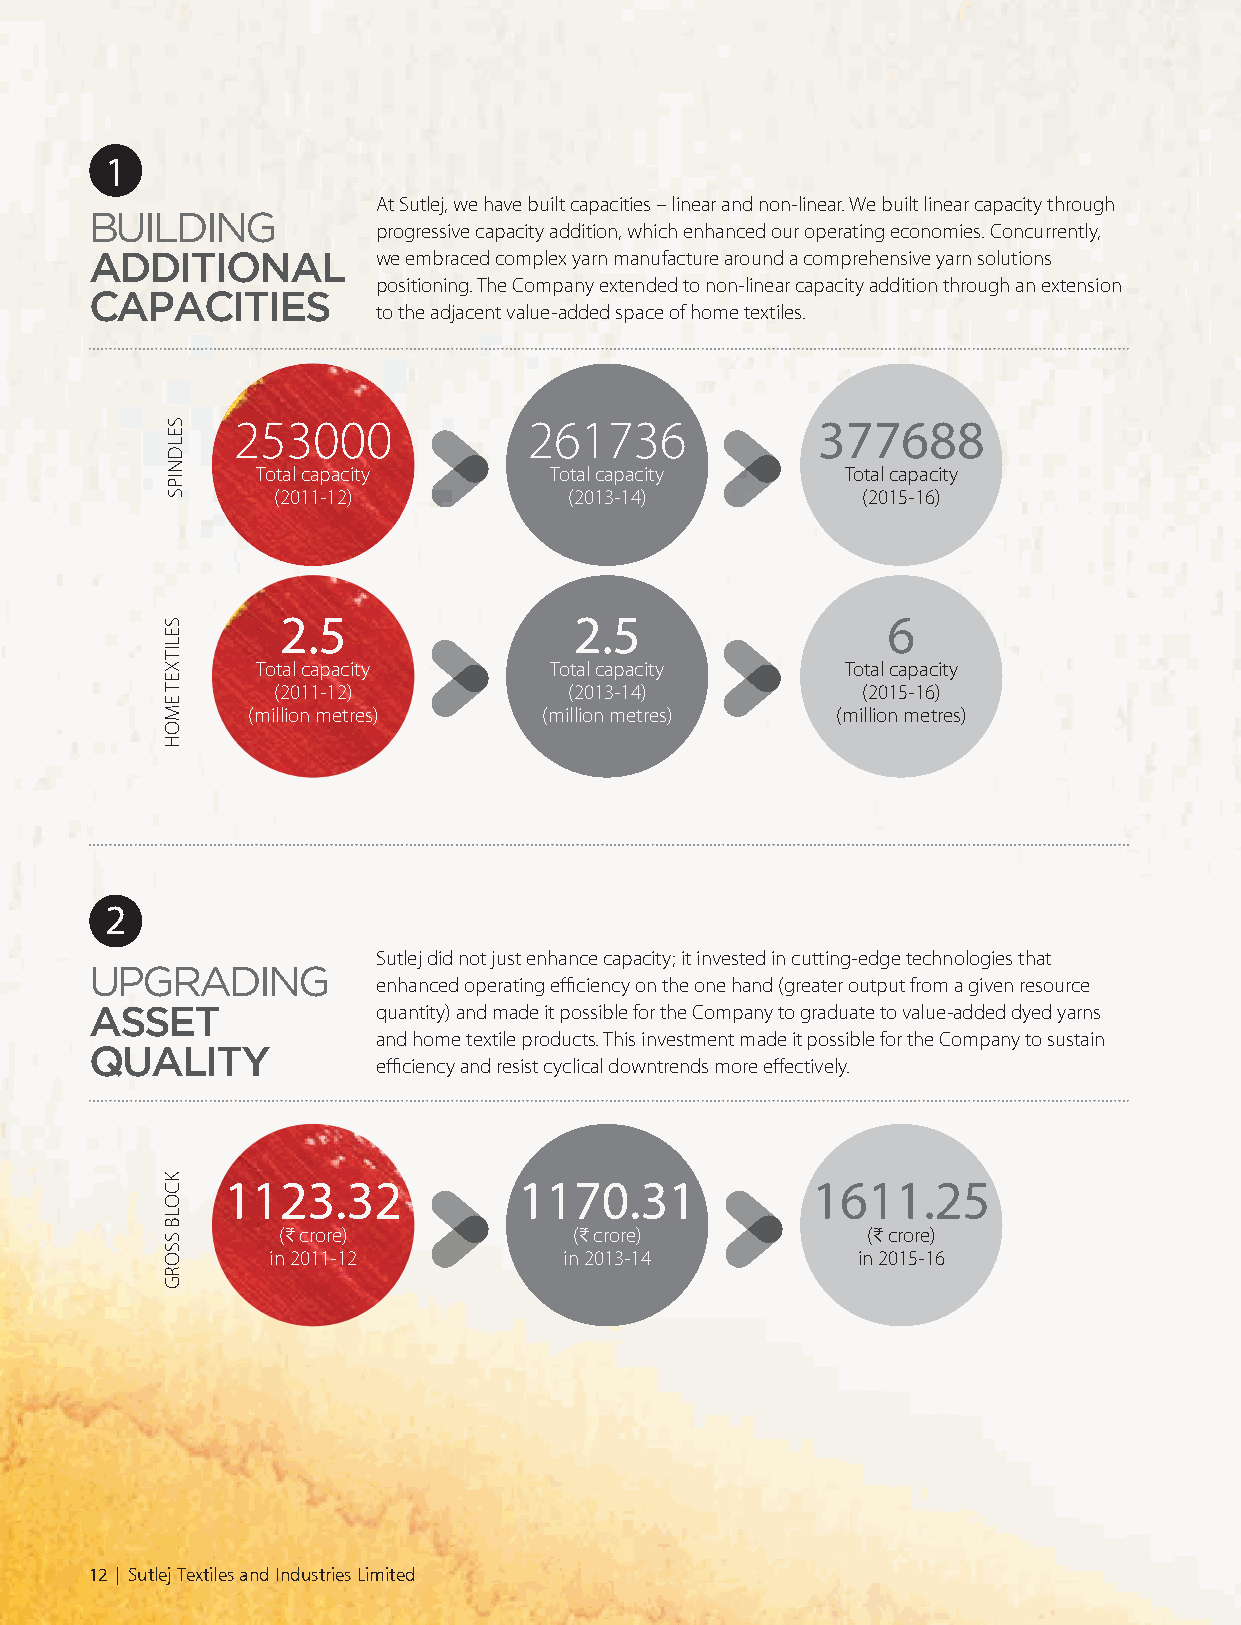
1
 At Sutlej, we have built capacities – linear and non-linear. We built linear capacity through
 BUILDING
 progressive capacity addition, which enhanced our operating economies. Concurrently,
 ADDITIONAL         we embraced complex yarn manufacture around a comprehensive yarn solutions
 positioning. The Company extended to non-linear capacity addition through an extension
 CAPACITIES
 to the adjacent value-added space of home textiles.
 253000              261736             377688
 Total capacity     Total capacity      Total capacity
 (2011-12)           (2013-14)          (2015-16)
 2.5                2.5                  6
 Total capacity     Total capacity      Total capacity
 (2011-12)           (2013-14)          (2015-16)
 (million metres)    (million metres)   (million metres)
 2
 Sutlej did not just enhance capacity; it invested in cutting-edge technologies that
 UPGRADING
 enhanced operating efficiency on the one hand (greater output from a given resource
 ASSET              quantity) and made it possible for the Company to graduate to value-added dyed yarns
 and home textile products. This investment made it possible for the Company to sustain
 QUALITY
 efficiency and resist cyclical downtrends more effectively.
 1123.32            1170.31             1611.25
 (C crore)           (C crore)          (C crore)
 in 2011-12         in 2013-14          in 2015-16
 12 | Sutlej Textiles and Industries Limited
 SELDNIPS
 SELITXET
 EMOH
 KCOLB
 SSORG